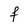
Character: f